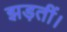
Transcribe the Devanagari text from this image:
झड़तीं।